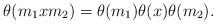
LaTeX: \begin{align*}\theta(m_1xm_2)=\theta(m_1)\theta(x)\theta(m_2).\end{align*}